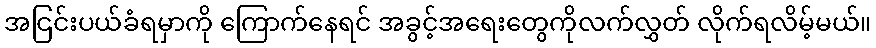
အငြင်းပယ်ခံရမှာကို ကြောက်နေရင် အခွင့်အရေးတွေကိုလက်လွှတ် လိုက်ရလိမ့်မယ်။